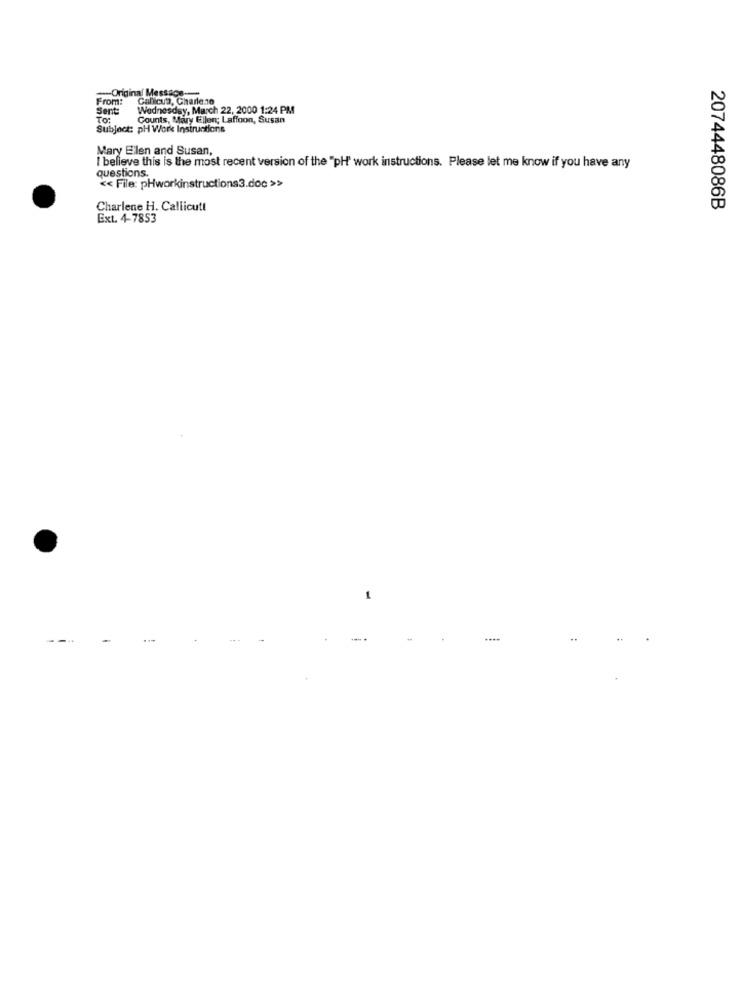
-- Original Message --
From:
Calicut, Charle.10
Sent:
Wednesday, March 22, 2000 1:24 PM
Counts, Mary Ellen; Laffoon, Susan
Subject: pH Work Instructions
Mary Ellen and Susan,
I believe this is the most recent version of the "pH' work instructions. Please let me know if you have any
questions.
<< File: pHworkinstructions3.doc >>
Charlene H. Callicutt
2074448086B
Ext. 4-7853
1